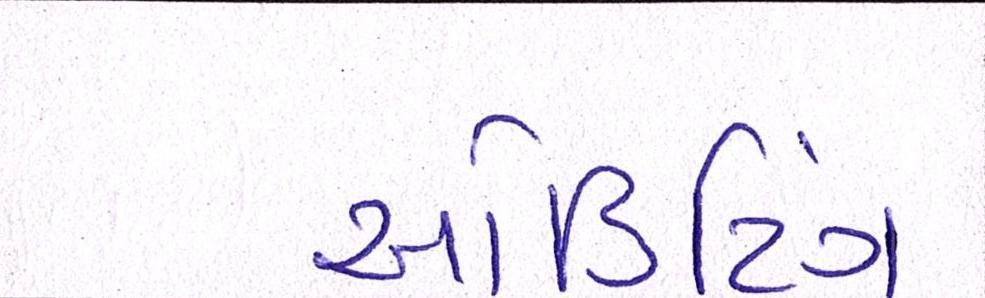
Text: ઓડિટિંગ